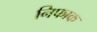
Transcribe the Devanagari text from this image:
निफाक